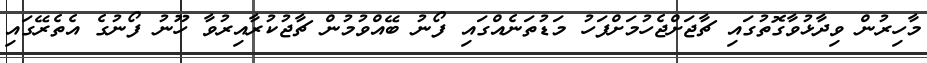
މާހިރުން ވިދާޅުވާގޮތުގައި ޗާޖަށްޖެހުމަށްފަހު މަޑުތަނެއްގައި ފޯނު ބޭއްވުމުން ޗާޖުކުރާއިރުވާ ހޫނު ފޯނުގެ އެތެރޭގައި